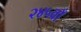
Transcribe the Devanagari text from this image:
२४५वाँ